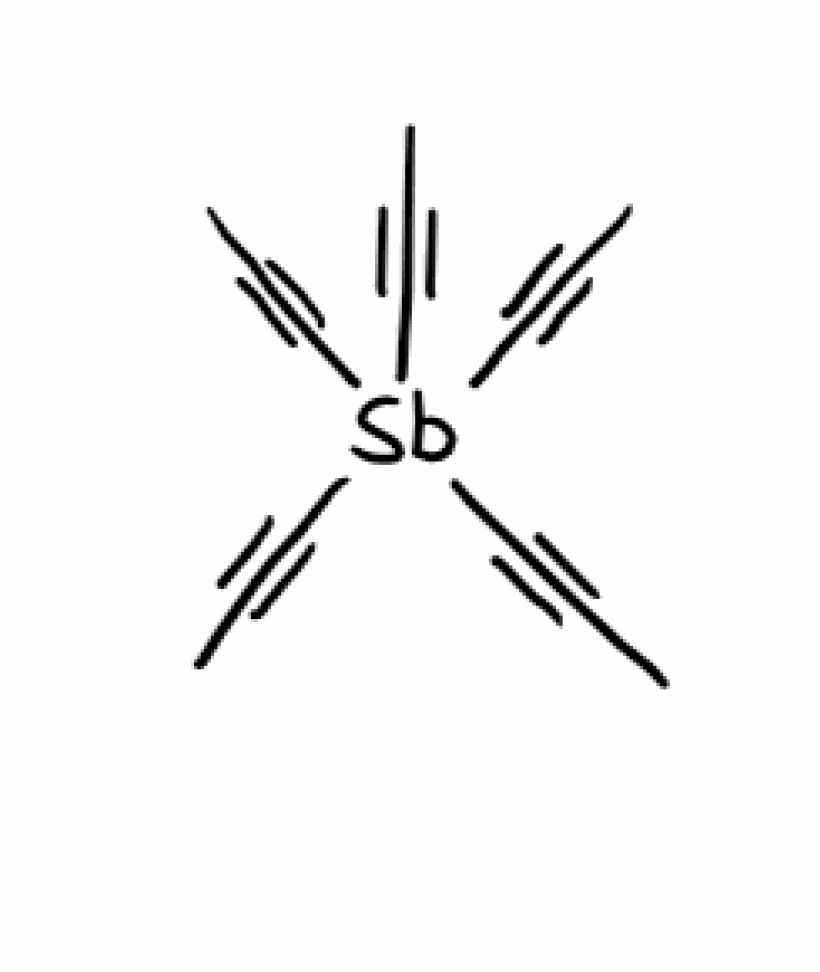
Simplified molecular-input line-entry system (SMILES) notation of the given molecule:
CC#C[Sb](C#CC)(C#CC)(C#CC)C#CC